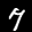
Label: 7